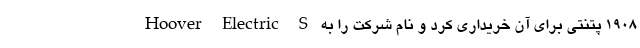
1908 پتنتی برای آن خریداری کرد و نام شرکت را به Hoover Electric S